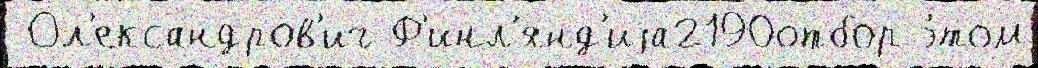
 Ол'ександров'ич Ф'инл'янд'иjа2190отбор э́том